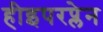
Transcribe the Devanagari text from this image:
हीइपरप्लेन